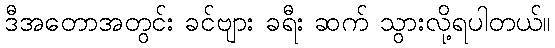
ဒီအတောအတွင်း ခင်ဗျား ခရီး ဆက် သွားလို့ရပါတယ်။